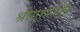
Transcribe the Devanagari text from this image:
श्रीगुरुस्तोत्र